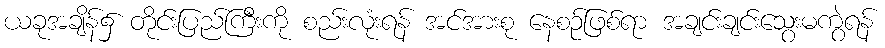
ယခုအချိန်၌ တိုင်းပြည်ကြီးကို စည်းလုံးရန် အင်အားစု နေစဉ်ဖြစ်ရာ အချင်းချင်းသွေးမကွဲရန်